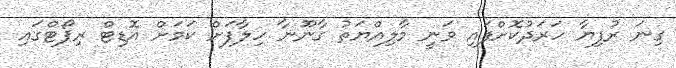
ގިނަ ރުފިޔާ ހަރަދުކޮށްފައި ވަނީ މާލިއްޔަތު ގާނޫނާ ހިލާފަށް ކަމަށް އޮޑިޓް ރިޕޯޓްގައި